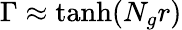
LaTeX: \Gamma\approx\operatorname{tanh}(N_{g}r)